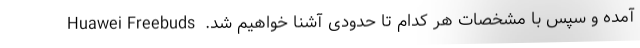
آمده و سپس با مشخصات هر کدام تا حدودی آشنا خواهیم شد.  Huawei Freebuds